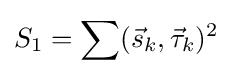
S_{1}=\sum ({\vec {s}}_{k},{\vec {\tau }}_{k})^{2}